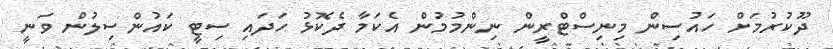
ދޫކުރުމަށް ހައުސިން މިނިސްޓްރީން ނިންމުމުން އެކަމާ ދެކޮޅު ހަދައި ސިޓީ ކައުންސިލުން ވަނީ